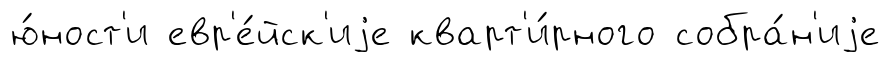
ю́ност'и евр'е́йск'иjе кварт'и́рного собра́н'иjе